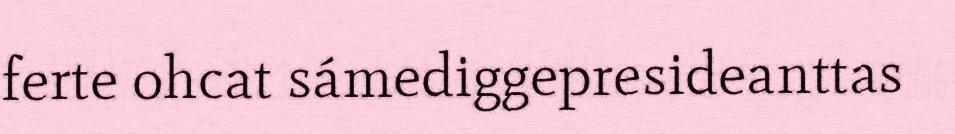
ferte ohcat sámediggepresideanttas